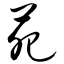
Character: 苑